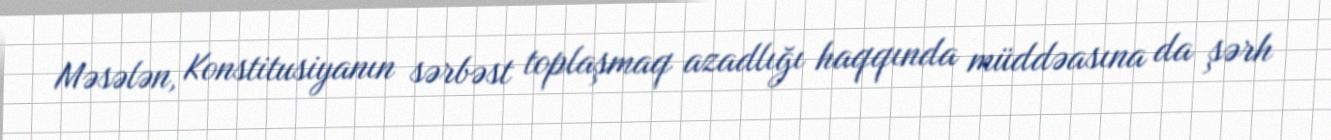
Məsələn, Konstitusiyanın sərbəst toplaşmaq azadlığı haqqında müddəasına da şərh